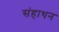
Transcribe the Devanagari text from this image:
संहाथन